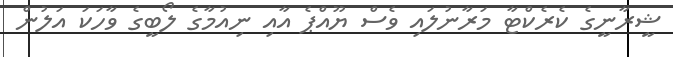
ޝީރާނީގެ ކެރެކްޓާ މަރާނުލައި ވެސް ޔޫއްޕެ އާއި ނިއުމާގެ ލޯބީގެ ވާހަކަ އަލުން